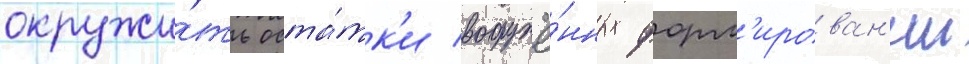
окружи́ть оста́тк'и вооружё́нных форм'ирован'ии